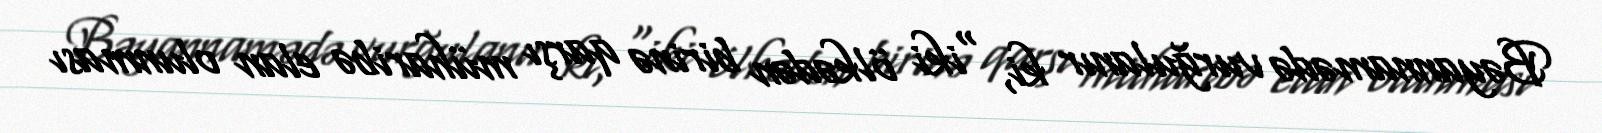
Bəyannamədə vurğulanır ki, "iki ölkədən birinə qarşı müharibə elan olunması